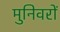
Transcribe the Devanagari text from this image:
मुनिवरों